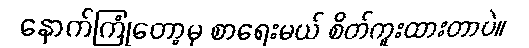
နောက်ကြုံတော့မှ စာရေးမယ် စိတ်ကူးထားတာပဲ။